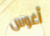
آغوس